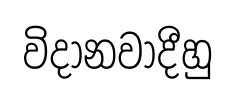
විදානවාදීහු